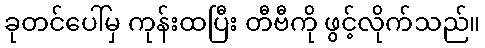
ခုတင်ပေါ်မှ ကုန်းထပြီး တီဗီကို ဖွင့်လိုက်သည်။